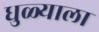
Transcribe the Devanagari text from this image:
धुळ्याला